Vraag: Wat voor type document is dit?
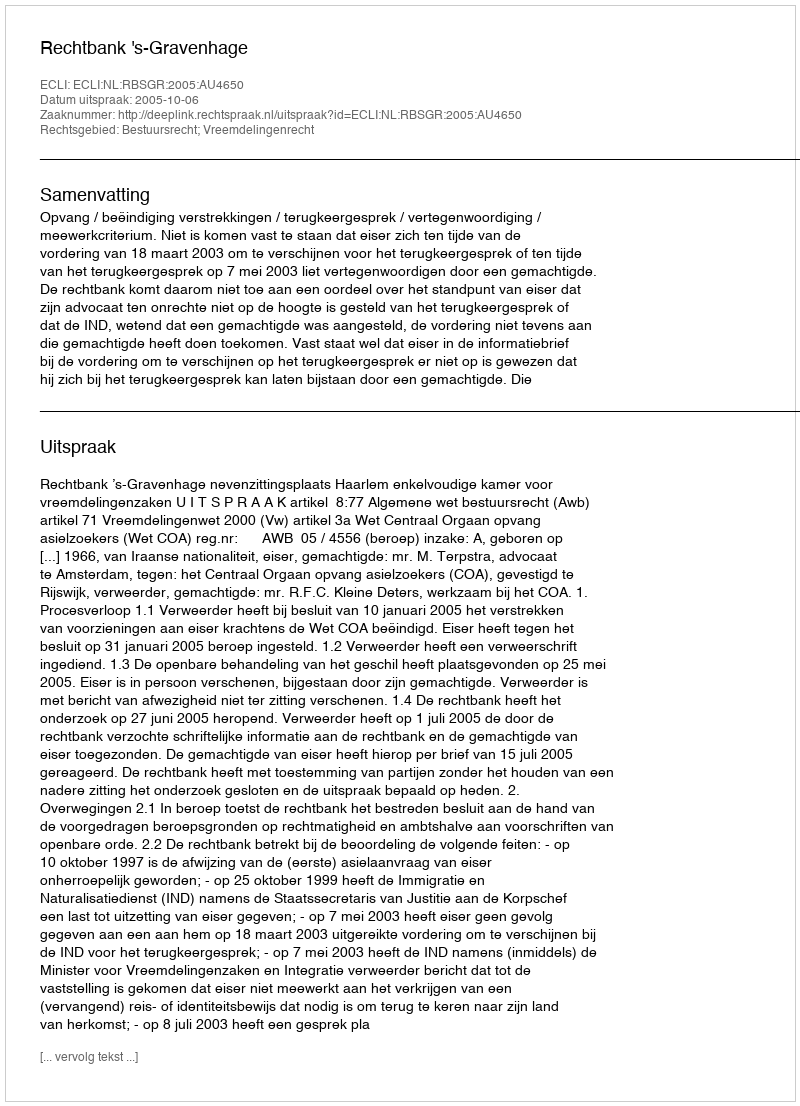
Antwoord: Uitspraak